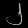
Digit: ၂